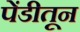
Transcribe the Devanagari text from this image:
पेंडीतून